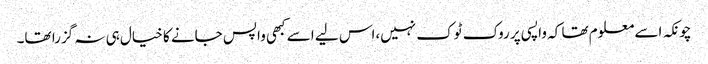
چونکہ اسے معلوم تھا کہ واپسی پر روک ٹوک نہیں،اس لیے اسے کبھی واپس جانے کا خیال ہی نہ گزرا تھا۔